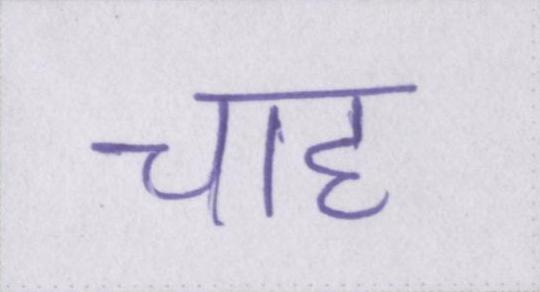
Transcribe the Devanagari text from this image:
चाह